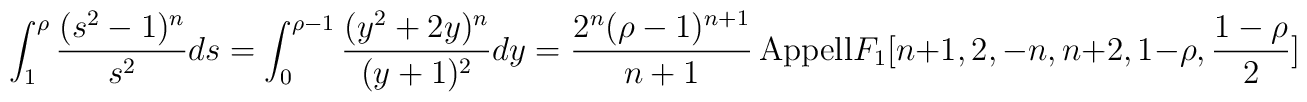
\int ^{\rho}_{1}\frac{(s^{2}-1)^{n}}{s^{2}}ds= \int^{\rho-1}_{0}\frac{(y^{2}+2y)^{n}}{(y+1)^{2}}dy=\frac{2^{n}(\rho-1)^{n+1}}{n+1}\,{\rm{Appell}}F_{1}[n+1,2,-n,n+2,1-\rho,\frac{1-\rho}{2}]